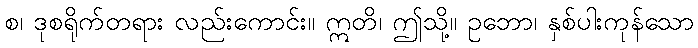
စ၊ ဒုစရိုက်တရား လည်းကောင်း။ ဣတိ၊ ဤသို့။ ဥဘော၊ နှစ်ပါးကုန်သော